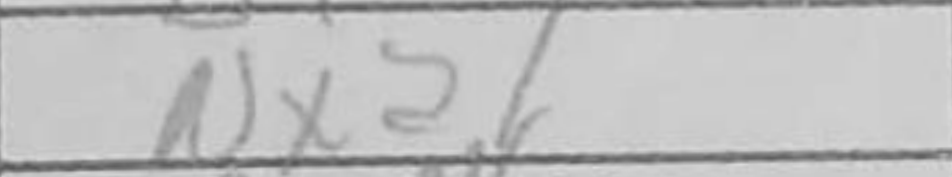
Transcription: Nxa1